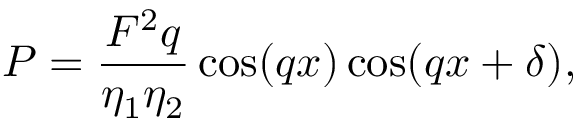
P = \frac { { { F ^ { 2 } } q } } { { { \eta _ { 1 } } { \eta _ { 2 } } } } \cos ( q x ) \cos ( q x + \delta ) ,